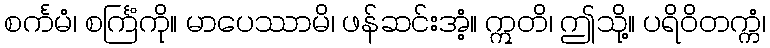
စင်္ကမံ၊ စင်္ကြံကို။ မာပေဿာမိ၊ ဖန်ဆင်းအံ့။ ဣတိ၊ ဤသို့။ ပရိဝိတက္ကံ၊